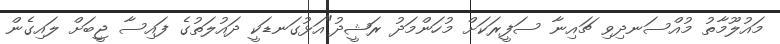
މައުލޫމާތު މުއްސަނދިވި ޗައިނާ ސަފީރަކަށް މުހަންމަދު ރަޝީދު"އަޅުގަނޑަކީ ދައުލަތުގެ ފައިސާ ޖީބަށް ލައިގެން